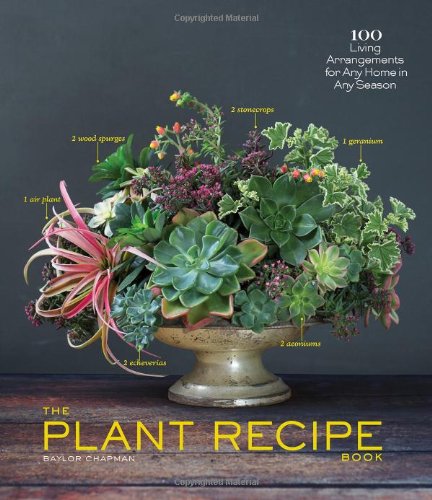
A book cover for The Plant Recipe Book: 100 Living Arrangements for Any Home in Any Season; Baylor Chapman; Crafts, Hobbies & Home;